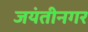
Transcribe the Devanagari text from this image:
जयंतीनगर